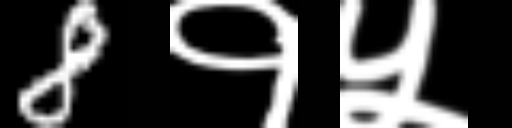
Text: 8१५